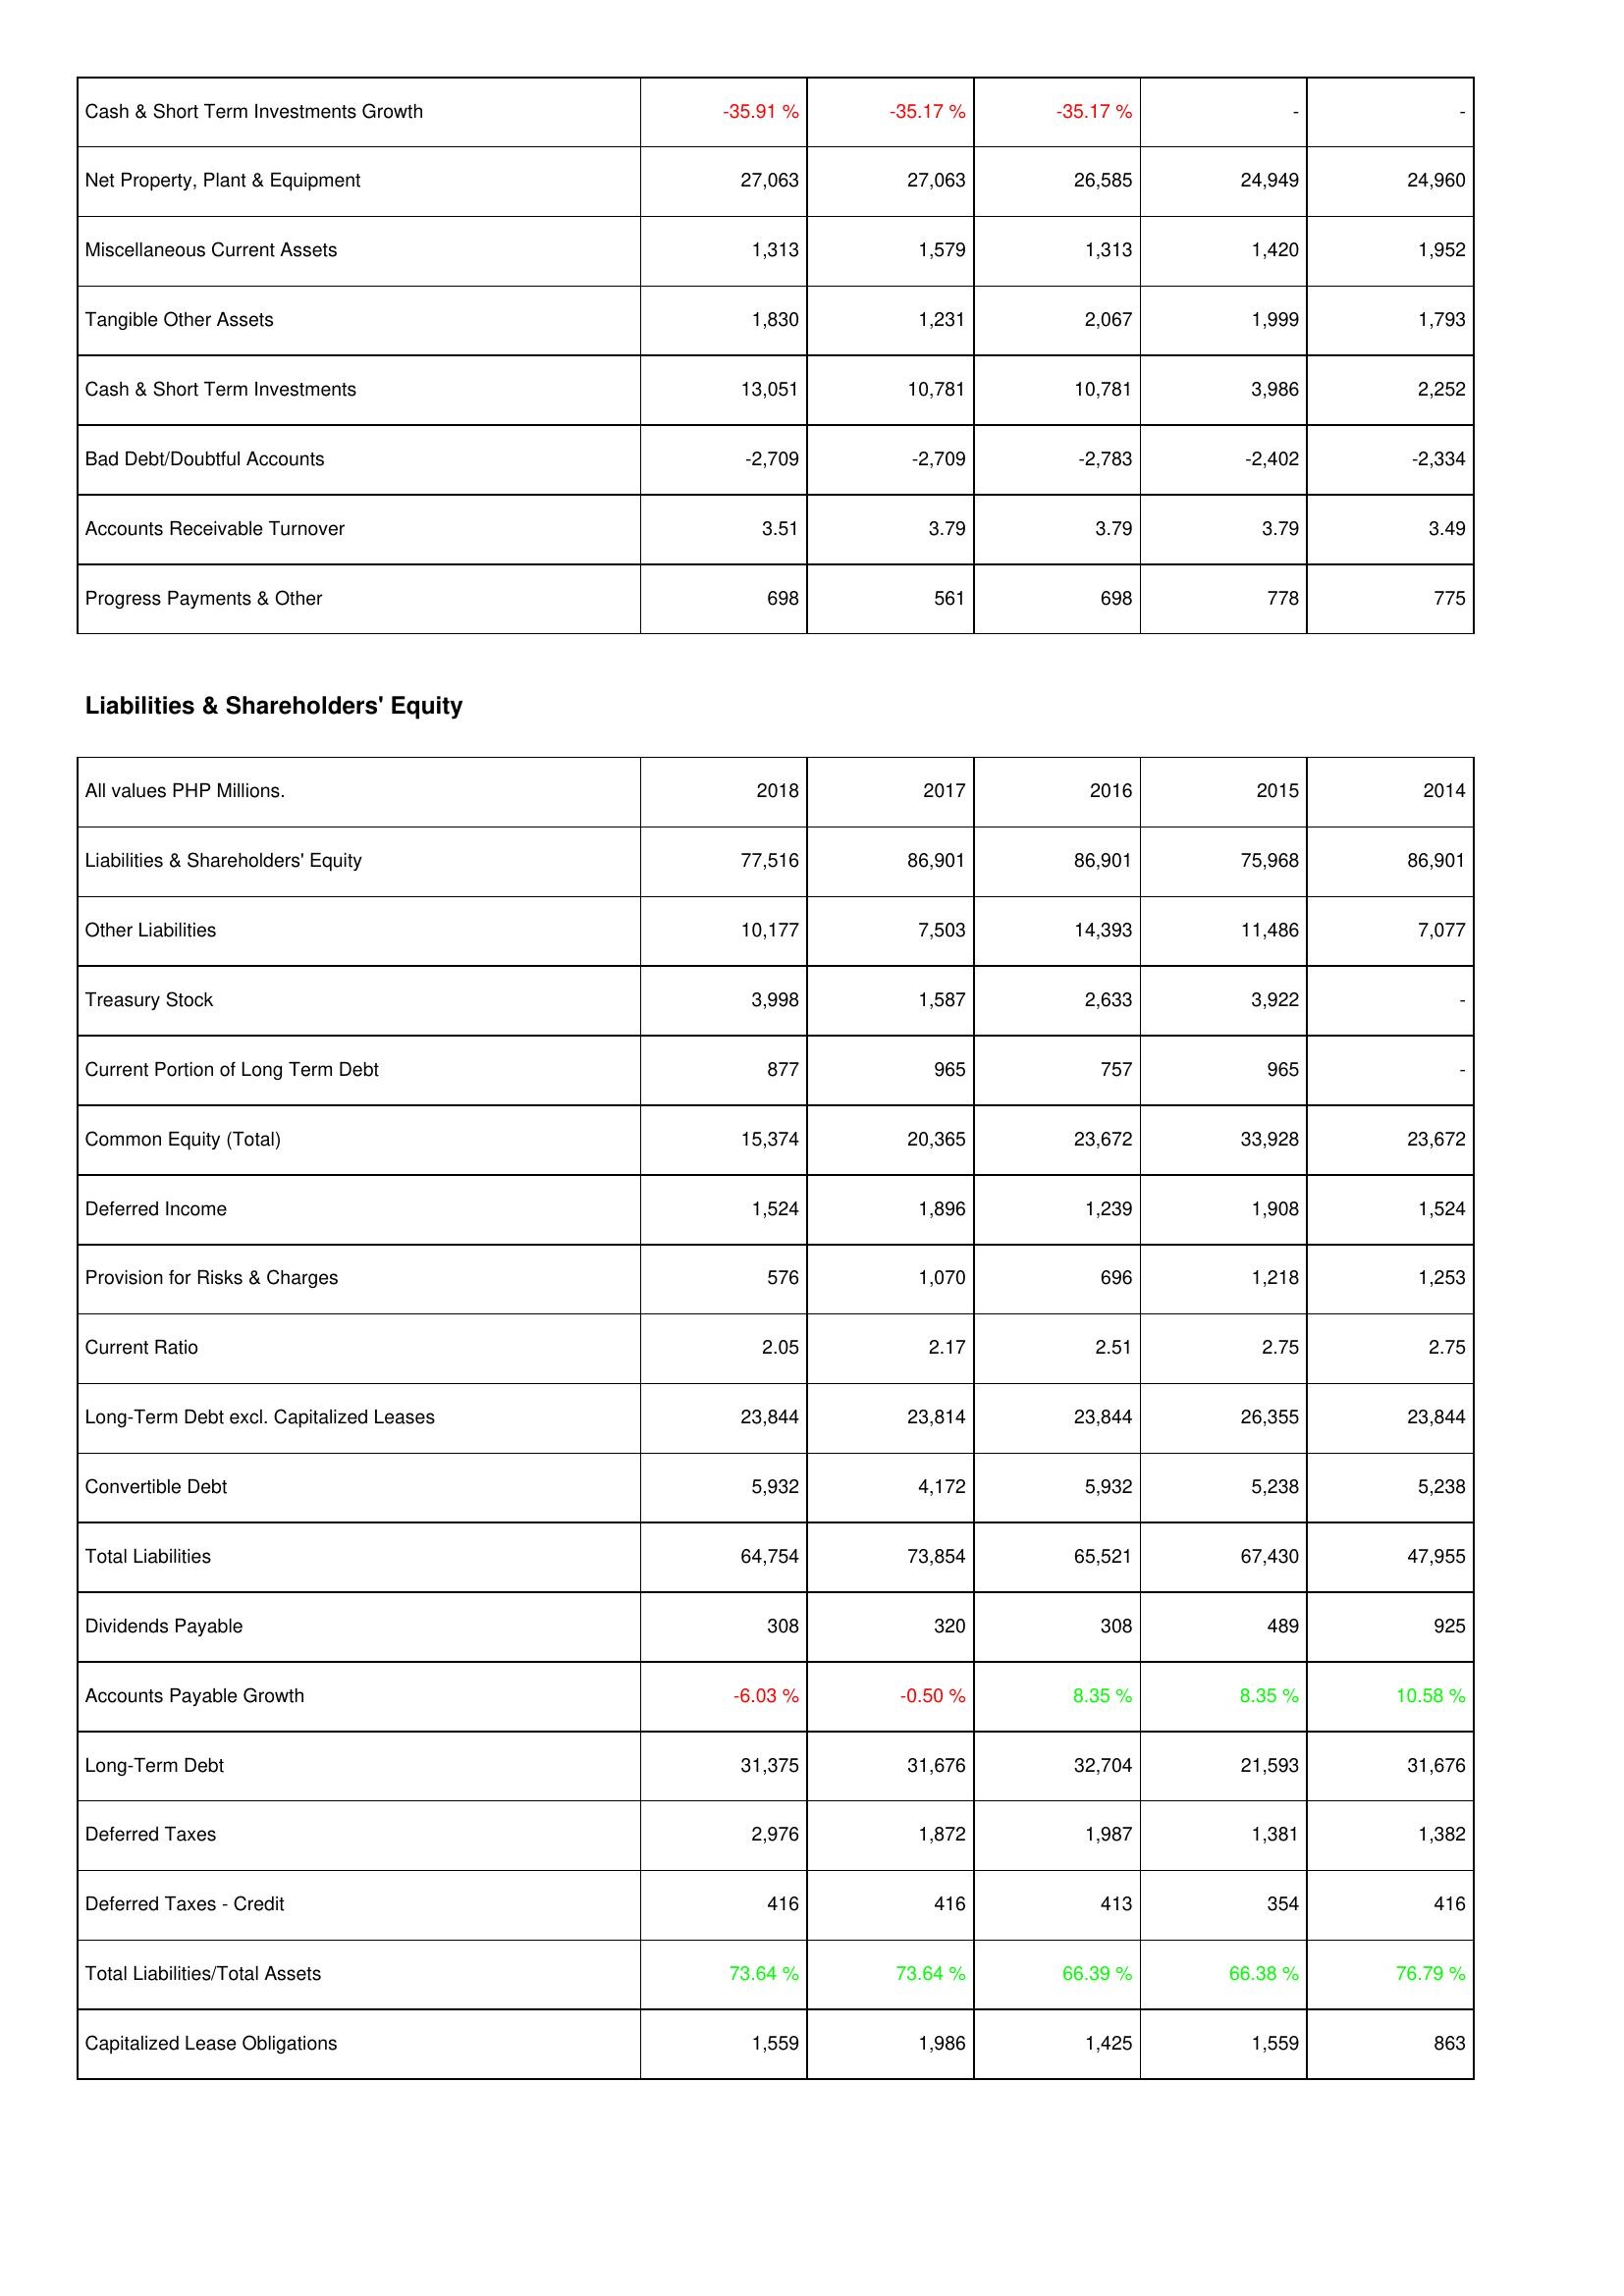
2018: Assets: Cash & Short Term Investments Growth: -35.91 %
Net Property, Plant & Equipment: 27,063
Miscellaneous Current Assets: 1,313
Tangible Other Assets: 1,830
Cash & Short Term Investments: 13,051
Bad Debt/Doubtful Accounts: -2,709
Accounts Receivable Turnover: 3.51
Progress Payments & Other: 698
Liabilities & Shareholders' Equity: Liabilities & Shareholders' Equity: 77,516
Other Liabilities: 10,177
Treasury Stock: 3,998
Current Portion of Long Term Debt: 877
Common Equity (Total): 15,374
Deferred Income: 1,524
Provision for Risks & Charges: 576
Current Ratio: 2.05
Long-Term Debt excl. Capitalized Leases: 23,844
Convertible Debt: 5,932
Total Liabilities: 64,754
Dividends Payable: 308
Accounts Payable Growth: -6.03 %
Long-Term Debt: 31,375
Deferred Taxes: 2,976
Deferred Taxes - Credit: 416
Total Liabilities/Total Assets: 73.64 %
Capitalized Lease Obligations: 1,559
2017: Assets: Cash & Short Term Investments Growth: -35.17 %
Net Property, Plant & Equipment: 27,063
Miscellaneous Current Assets: 1,579
Tangible Other Assets: 1,231
Cash & Short Term Investments: 10,781
Bad Debt/Doubtful Accounts: -2,709
Accounts Receivable Turnover: 3.79
Progress Payments & Other: 561
Liabilities & Shareholders' Equity: Liabilities & Shareholders' Equity: 86,901
Other Liabilities: 7,503
Treasury Stock: 1,587
Current Portion of Long Term Debt: 965
Common Equity (Total): 20,365
Deferred Income: 1,896
Provision for Risks & Charges: 1,070
Current Ratio: 2.17
Long-Term Debt excl. Capitalized Leases: 23,814
Convertible Debt: 4,172
Total Liabilities: 73,854
Dividends Payable: 320
Accounts Payable Growth: -0.50 %
Long-Term Debt: 31,676
Deferred Taxes: 1,872
Deferred Taxes - Credit: 416
Total Liabilities/Total Assets: 73.64 %
Capitalized Lease Obligations: 1,986
2016: Assets: Cash & Short Term Investments Growth: -35.17 %
Net Property, Plant & Equipment: 26,585
Miscellaneous Current Assets: 1,313
Tangible Other Assets: 2,067
Cash & Short Term Investments: 10,781
Bad Debt/Doubtful Accounts: -2,783
Accounts Receivable Turnover: 3.79
Progress Payments & Other: 698
Liabilities & Shareholders' Equity: Liabilities & Shareholders' Equity: 86,901
Other Liabilities: 14,393
Treasury Stock: 2,633
Current Portion of Long Term Debt: 757
Common Equity (Total): 23,672
Deferred Income: 1,239
Provision for Risks & Charges: 696
Current Ratio: 2.51
Long-Term Debt excl. Capitalized Leases: 23,844
Convertible Debt: 5,932
Total Liabilities: 65,521
Dividends Payable: 308
Accounts Payable Growth: 8.35 %
Long-Term Debt: 32,704
Deferred Taxes: 1,987
Deferred Taxes - Credit: 413
Total Liabilities/Total Assets: 66.39 %
Capitalized Lease Obligations: 1,425
2015: Assets: Cash & Short Term Investments Growth: -
Net Property, Plant & Equipment: 24,949
Miscellaneous Current Assets: 1,420
Tangible Other Assets: 1,999
Cash & Short Term Investments: 3,986
Bad Debt/Doubtful Accounts: -2,402
Accounts Receivable Turnover: 3.79
Progress Payments & Other: 778
Liabilities & Shareholders' Equity: Liabilities & Shareholders' Equity: 75,968
Other Liabilities: 11,486
Treasury Stock: 3,922
Current Portion of Long Term Debt: 965
Common Equity (Total): 33,928
Deferred Income: 1,908
Provision for Risks & Charges: 1,218
Current Ratio: 2.75
Long-Term Debt excl. Capitalized Leases: 26,355
Convertible Debt: 5,238
Total Liabilities: 67,430
Dividends Payable: 489
Accounts Payable Growth: 8.35 %
Long-Term Debt: 21,593
Deferred Taxes: 1,381
Deferred Taxes - Credit: 354
Total Liabilities/Total Assets: 66.38 %
Capitalized Lease Obligations: 1,559
2014: Assets: Cash & Short Term Investments Growth: -
Net Property, Plant & Equipment: 24,960
Miscellaneous Current Assets: 1,952
Tangible Other Assets: 1,793
Cash & Short Term Investments: 2,252
Bad Debt/Doubtful Accounts: -2,334
Accounts Receivable Turnover: 3.49
Progress Payments & Other: 775
Liabilities & Shareholders' Equity: Liabilities & Shareholders' Equity: 86,901
Other Liabilities: 7,077
Treasury Stock: -
Current Portion of Long Term Debt: -
Common Equity (Total): 23,672
Deferred Income: 1,524
Provision for Risks & Charges: 1,253
Current Ratio: 2.75
Long-Term Debt excl. Capitalized Leases: 23,844
Convertible Debt: 5,238
Total Liabilities: 47,955
Dividends Payable: 925
Accounts Payable Growth: 10.58 %
Long-Term Debt: 31,676
Deferred Taxes: 1,382
Deferred Taxes - Credit: 416
Total Liabilities/Total Assets: 76.79 %
Capitalized Lease Obligations: 863